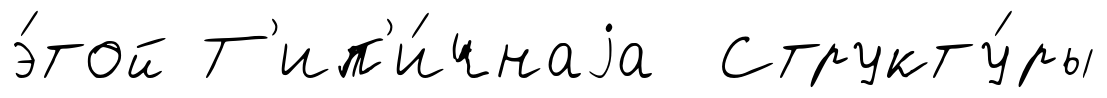
э́той Т'ип'и́чнаjа Структу́ры